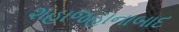
શહાજહાનાબાદ